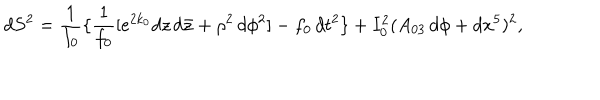
d S ^ { 2 } = { \frac { 1 } { I _ { 0 } } } \{ { \frac { 1 } { f _ { 0 } } } [ e ^ { 2 k _ { 0 } } d z \, d { \bar { z } } + \rho ^ { 2 } \, d \phi ^ { 2 } ] - f _ { 0 } \, d t ^ { 2 } \} + I _ { 0 } ^ { 2 } ( A _ { 0 3 } \, d \phi + d x ^ { 5 } ) ^ { 2 } ,